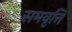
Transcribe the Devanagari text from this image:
समवृत्ति